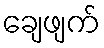
ချေဖျက်